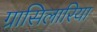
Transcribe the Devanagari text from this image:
ग्रासिलारिया